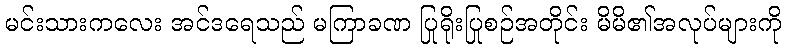
မင်းသားကလေး အင်ဒရေသည် မကြာခဏ ပြုရိုးပြုစဉ်အတိုင်း မိမိ၏အလုပ်များကို